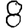
Digit: 8